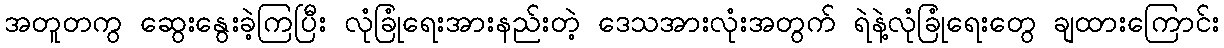
အတူတကွ ဆွေးနွေးခဲ့ကြပြီး လုံခြုံရေးအားနည်းတဲ့ ဒေသအားလုံးအတွက် ရဲနဲ့လုံခြုံရေးတွေ ချထားကြောင်း